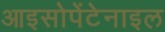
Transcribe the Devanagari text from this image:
आइसोपेंटेनाइल